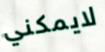
لايمكني